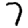
Digit: 7